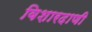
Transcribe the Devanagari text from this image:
विशारदाणी